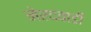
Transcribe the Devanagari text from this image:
नेरदवाडी